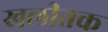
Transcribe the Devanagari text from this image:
खलीतक